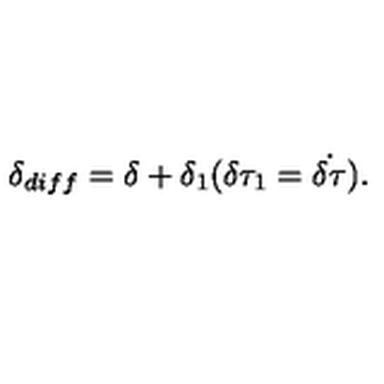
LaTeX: \delta _ { d i f f } = \delta + \delta _ { 1 } ( \delta \tau _ { 1 } = \dot { \delta \tau } ) .